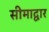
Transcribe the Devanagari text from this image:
सीमाद्वार